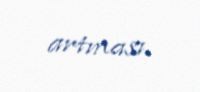
artması.